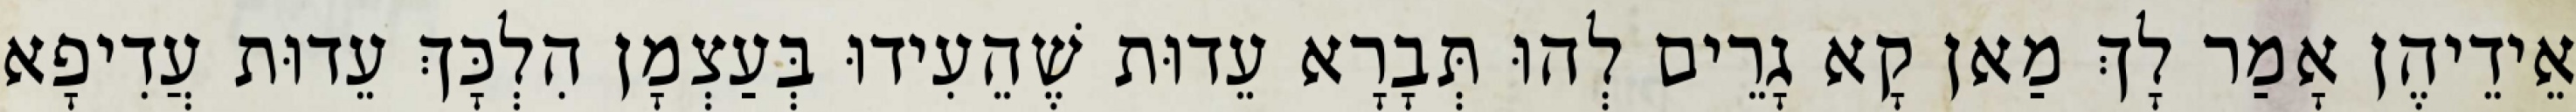
אֵידֵיהֶן אָמַר לָךְ מַאן קָא גָרֵים לְהוּ תְּבָרָא עֵדוּת שֶׁהֵעִידוּ בְּעַצְמָן הִלְכָּךְ עֵדוּת עֲדִיפָא